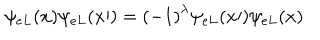
\psi _ { e L } ( x ) \psi _ { e L } ( { x \prime } ) = { ( - 1 ) } ^ { \lambda } \psi _ { e L } ( { x \prime } ) \psi _ { e L } ( x )